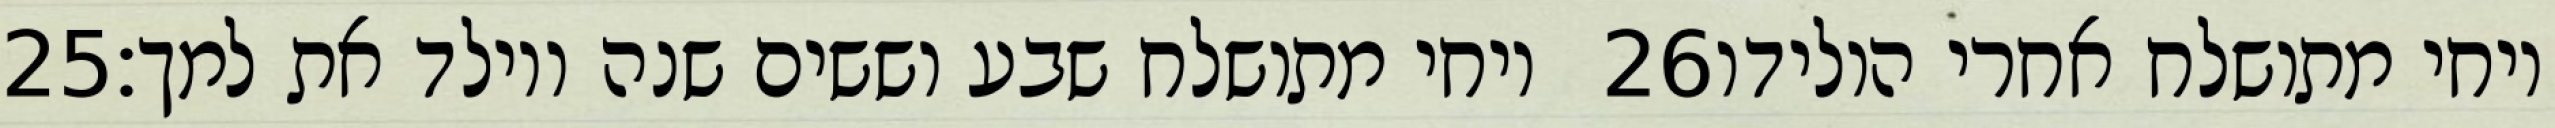
‎25‏ ויחי מתושלח שבע וששים שנה ויולד את למך׃ ‎26‏ ויחי מתושלח אחרי הולידו